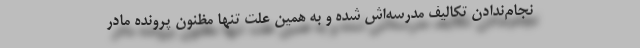
نجام‌ندادن تکالیف مدرسه‌اش شده و به همین علت تنها مظنون پرونده مادر